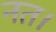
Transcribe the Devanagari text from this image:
नत।